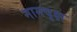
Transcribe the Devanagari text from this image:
नागवृक्ष